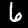
Label: 6